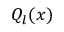
Q _ { l } ( x )